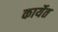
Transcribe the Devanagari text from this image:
कार्येत